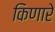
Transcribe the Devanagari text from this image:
किणारे